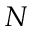
N